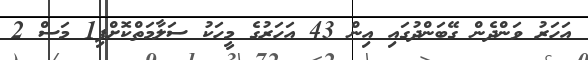
އަހަރު ވަންދެން ގޭބަންދުގައި އިން 43 އަހަރުގެ މީހަކު ސަލާމަތްކޮށްފި1 މަސް 2